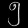
Digit: ၅